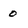
Character: 0